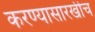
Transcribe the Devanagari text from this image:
करण्यासारखीच